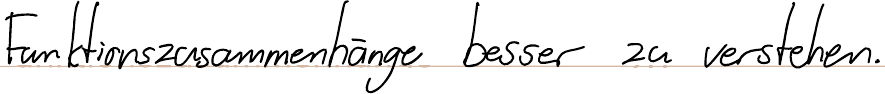
Funktionszusammenhänge besser zu verstehen.